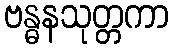
ဗန္ဓနသုတ္တကာ